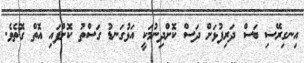
އިނގިރޭސި ބަސް ދަރިފުޅަށް ދަސް ކޮށްދިނުމަކީ އަޅުގަނޑު ގަސްތު ކޮށްފައި އޮތް ގޮތެވެ.